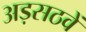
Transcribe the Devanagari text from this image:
अड़सठवें